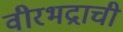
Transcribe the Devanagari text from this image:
वीरभद्राची